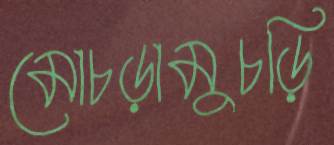
মোচড়ামুচড়ি